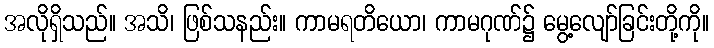
အလိုရှိသည်။ အသိ၊ ဖြစ်သနည်း။ ကာမရတိယော၊ ကာမဂုဏ်၌ မွေ့လျော်ခြင်းတို့ကို။